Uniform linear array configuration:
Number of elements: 4
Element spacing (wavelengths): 0.75
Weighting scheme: cosine
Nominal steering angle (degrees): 60
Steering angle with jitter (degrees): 60.623
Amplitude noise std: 0.05
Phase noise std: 0.05

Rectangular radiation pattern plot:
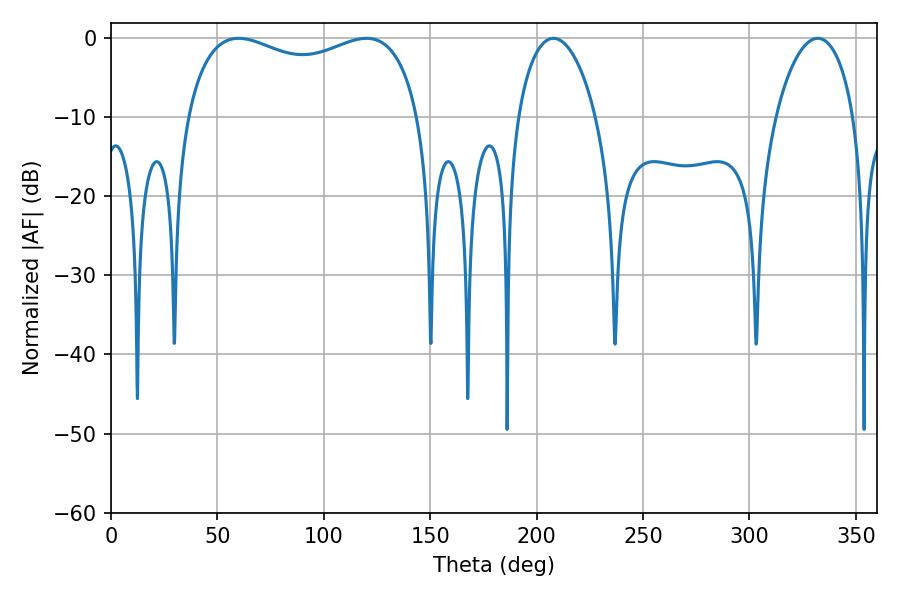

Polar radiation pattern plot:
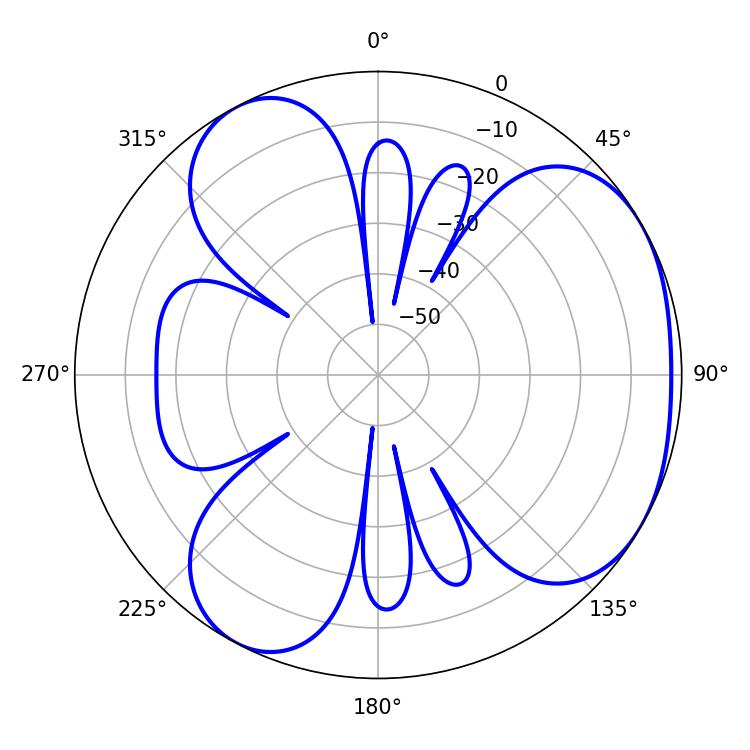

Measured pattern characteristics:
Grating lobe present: TRUE
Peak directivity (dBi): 3.907
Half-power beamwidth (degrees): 90.36
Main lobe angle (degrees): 59.94